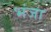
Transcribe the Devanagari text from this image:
भंजा